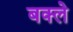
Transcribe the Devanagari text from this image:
बक्ले